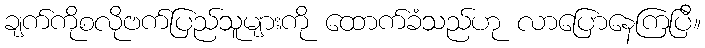
ချက်ကိုစလိုဗက်ပြည်သူများကို ထောက်ခံသည်ဟု လာပြောနေကြပြီ။